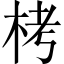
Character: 栲